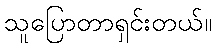
သူပြောတာရှင်းတယ်။